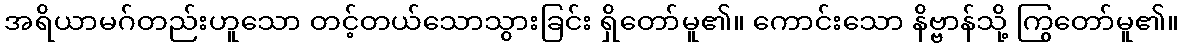
အရိယာမဂ်တည်းဟူသော တင့်တယ်သောသွားခြင်း ရှိတော်မူ၏။ ကောင်းသော နိဗ္ဗာန်သို့ ကြွတော်မူ၏။